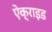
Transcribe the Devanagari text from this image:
ऐक्राइड